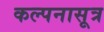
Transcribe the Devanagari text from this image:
कल्पनासूत्र